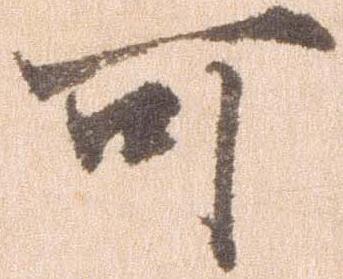
可